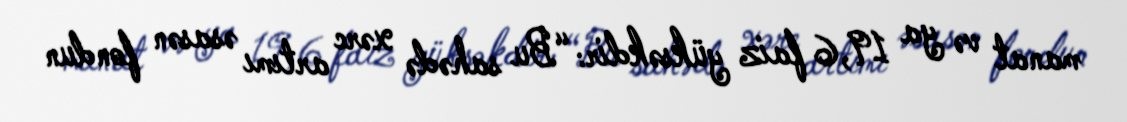
manat və ya 19,6 faiz yüksəkdir: “Bu sahədə xərc artımı əsasən fondun